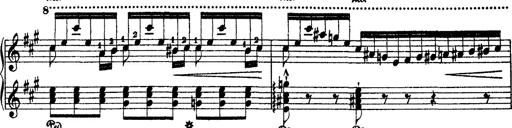
Title: 2 KonzertetÃ¼den
Composer: Franz Liszt